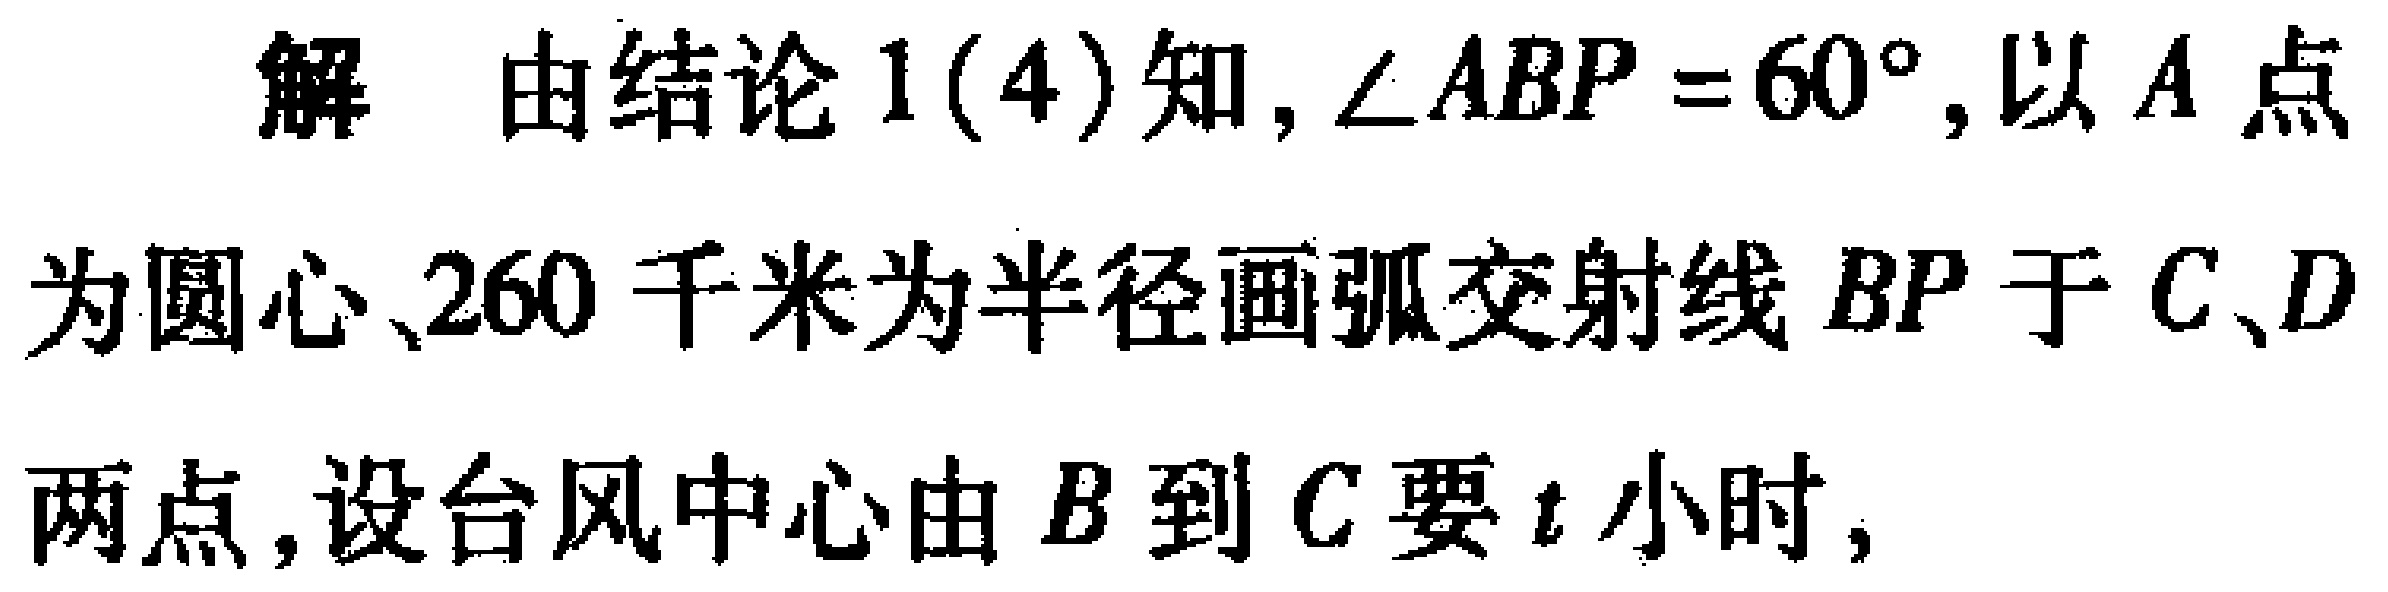
解 由结论1(4)知, $\angle ABP = 60^{\circ}$, 以 $A$ 点为圆心、260千米为半径画弧交射线 $BP$ 于 $C、D$ 两点, 设台风中心由 $B$ 到 $C$ 要 $t$ 小时,